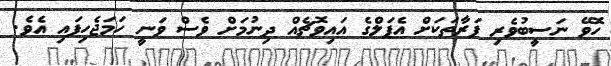
ހޮވޭ ނަސީބުވެރި ފަރާތަކަށް އެޕަލްގެ އައިވޮޗެއް ދިނުމަށް ވެސް ވަނީ ހަމަޖެހިފައި އެވެ.